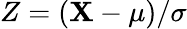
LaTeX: Z=(\mathbf{X}-\mu)/\sigma